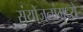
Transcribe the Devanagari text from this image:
संयोजनांमध्ये